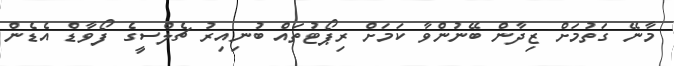
މާނޭ ގަތުމަށް ޒިދާން ބޭނުންވާ ކަމަށް ރިޕޯޓުތައް ބުނިއިރު ޗެލްސީގެ ފޯވާޑް އެޑެން